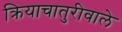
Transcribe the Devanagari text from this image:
क्रियाचातुरीवाले